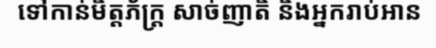
ទៅកាន់មិត្តភ័ក្ត្រ សាច់ញាតិ និងអ្នករាប់អាន